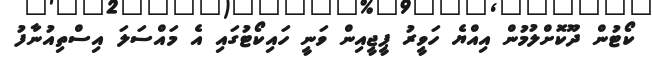
ކޯޓުން ދޫކޮށްލުމުން އިއްޔެ ހަވީރު ޕީޖީއިން ވަނީ ހައިކޯޓުގައި އެ މައްސަލަ އިސްތިއުނާފު